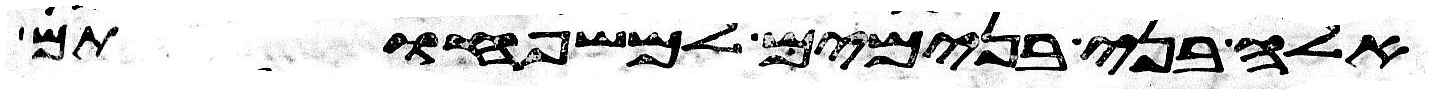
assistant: אלה בני בנימים למשפחותם